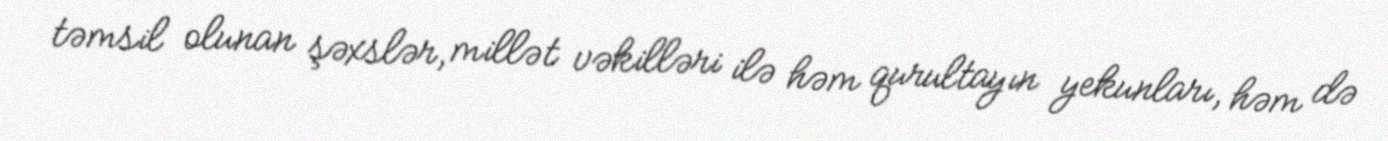
təmsil olunan şəxslər, millət vəkilləri ilə həm qurultayın yekunları, həm də